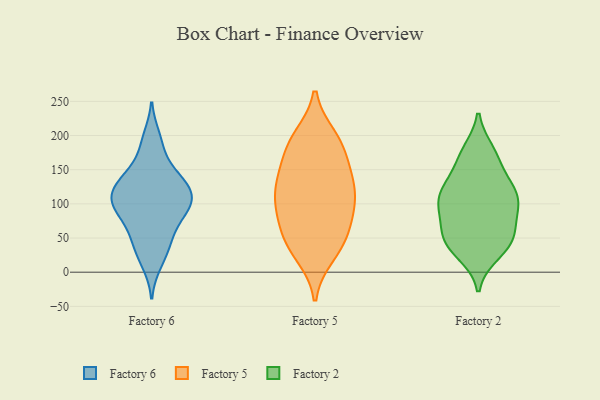
{"axis": {"x": "Shipments", "y": "Value"}, "legend": ["Factory 2", "Factory 5", "Factory 6"], "data": [{"x": "", "y": 35, "type": "Factory 6"}, {"x": "", "y": 80, "type": "Factory 6"}, {"x": "", "y": 101, "type": "Factory 6"}, {"x": "", "y": 118, "type": "Factory 6"}, {"x": "", "y": 95, "type": "Factory 6"}, {"x": "", "y": 115, "type": "Factory 6"}, {"x": "", "y": 120, "type": "Factory 6"}, {"x": "", "y": 55, "type": "Factory 6"}, {"x": "", "y": 113, "type": "Factory 6"}, {"x": "", "y": 79, "type": "Factory 6"}, {"x": "", "y": 10, "type": "Factory 6"}, {"x": "", "y": 91, "type": "Factory 6"}, {"x": "", "y": 41, "type": "Factory 6"}, {"x": "", "y": 178, "type": "Factory 6"}, {"x": "", "y": 148, "type": "Factory 6"}, {"x": "", "y": 200, "type": "Factory 6"}, {"x": "", "y": 142, "type": "Factory 6"}, {"x": "", "y": 134, "type": "Factory 6"}, {"x": "", "y": 112, "type": "Factory 5"}, {"x": "", "y": 143, "type": "Factory 5"}, {"x": "", "y": 48, "type": "Factory 5"}, {"x": "", "y": 118, "type": "Factory 5"}, {"x": "", "y": 182, "type": "Factory 5"}, {"x": "", "y": 109, "type": "Factory 5"}, {"x": "", "y": 193, "type": "Factory 5"}, {"x": "", "y": 182, "type": "Factory 5"}, {"x": "", "y": 141, "type": "Factory 5"}, {"x": "", "y": 197, "type": "Factory 5"}, {"x": "", "y": 81, "type": "Factory 5"}, {"x": "", "y": 90, "type": "Factory 5"}, {"x": "", "y": 136, "type": "Factory 5"}, {"x": "", "y": 26, "type": "Factory 5"}, {"x": "", "y": 46, "type": "Factory 5"}, {"x": "", "y": 37, "type": "Factory 5"}, {"x": "", "y": 77, "type": "Factory 5"}, {"x": "", "y": 51, "type": "Factory 2"}, {"x": "", "y": 41, "type": "Factory 2"}, {"x": "", "y": 28, "type": "Factory 2"}, {"x": "", "y": 44, "type": "Factory 2"}, {"x": "", "y": 58, "type": "Factory 2"}, {"x": "", "y": 134, "type": "Factory 2"}, {"x": "", "y": 113, "type": "Factory 2"}, {"x": "", "y": 169, "type": "Factory 2"}, {"x": "", "y": 105, "type": "Factory 2"}, {"x": "", "y": 73, "type": "Factory 2"}, {"x": "", "y": 176, "type": "Factory 2"}, {"x": "", "y": 40, "type": "Factory 2"}, {"x": "", "y": 117, "type": "Factory 2"}, {"x": "", "y": 92, "type": "Factory 2"}, {"x": "", "y": 90, "type": "Factory 2"}, {"x": "", "y": 110, "type": "Factory 2"}, {"x": "", "y": 168, "type": "Factory 2"}, {"x": "", "y": 120, "type": "Factory 2"}]}